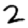
Digit: 2